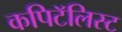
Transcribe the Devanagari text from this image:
कपिटॅलिस्ट